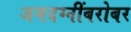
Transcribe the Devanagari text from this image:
जमदग्नींबरोबर